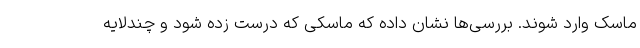
ماسک وارد شوند. بررسی‌ها نشان داده که ماسکی که درست زده شود و چندلایه